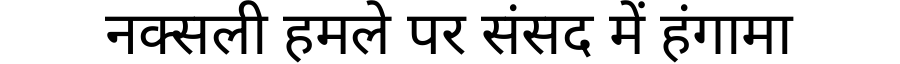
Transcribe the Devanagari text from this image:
नक्सली हमले पर संसद में हंगामा